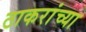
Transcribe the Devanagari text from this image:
ठाकरांच्या